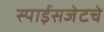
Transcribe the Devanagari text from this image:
स्पाईसजेटचे